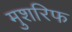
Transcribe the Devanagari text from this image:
मुशरिफ